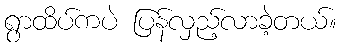
ရွာထိပ်ကပဲ ပြန်လှည့်လာခဲ့တယ်။